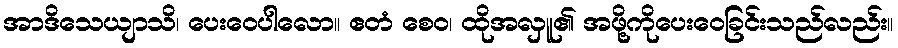
အာဒိသေယျာသိ၊ ပေးဝေပါလော။ ဧတံ စေဝ၊ ထိုအလှူ၏ အဖို့ကိုပေးဝေခြင်းသည်လည်း။